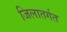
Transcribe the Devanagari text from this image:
जिलातर्गत